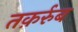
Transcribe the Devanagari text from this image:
तक़र्रुब